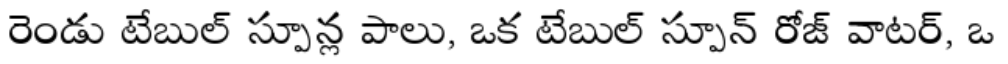
రెండు టేబుల్ స్పూన్ల పాలు, ఒక టేబుల్ స్పూన్ రోజ్ వాటర్, ఒ